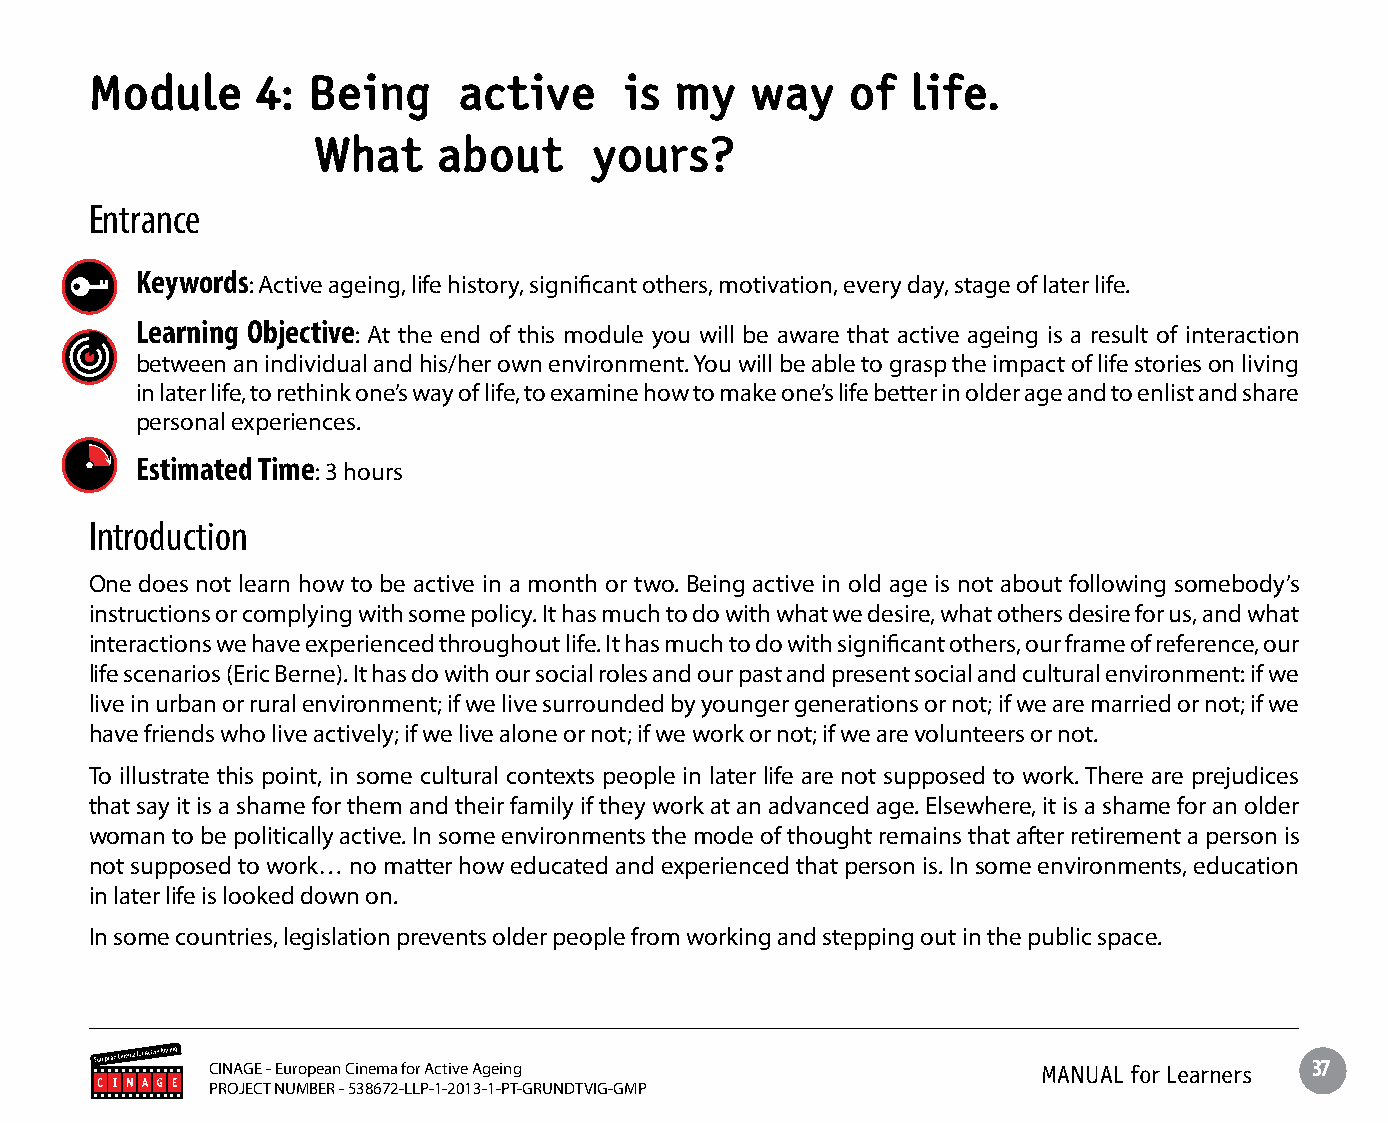
Module     4: Being     active     is  my   way   of  life.
 What    about     yours?
 Entrance
 Keywords: Active ageing, life history, significant others, motivation, every day, stage of later life.
 Learning Objective: At the end of this module you will be aware that active ageing is a result of interaction
 between an individual and his/her own environment. You will be able to grasp the impact of life stories on living
 in later life, to rethink one’s way of life, to examine how to make one’s life better in older age and to enlist and share
 personal experiences.
 Estimated Time: 3 hours
 Introduction
 One does not learn how to be active in a month or two. Being active in old age is not about following somebody’s
 instructions or complying with some policy. It has much to do with what we desire, what others desire for us, and what
 interactions we have experienced throughout life. It has much to do with significant others, our frame of reference, our
 life scenarios (Eric Berne). It has do with our social roles and our past and present social and cultural environment: if we
 live in urban or rural environment; if we live surrounded by younger generations or not; if we are married or not; if we
 have friends who live actively; if we live alone or not; if we work or not; if we are volunteers or not.
 To illustrate this point, in some cultural contexts people in later life are not supposed to work. There are prejudices
 that say it is a shame for them and their family if they work at an advanced age. Elsewhere, it is a shame for an older
 woman to be politically active. In some environments the mode of thought remains that after retirement a person is
 not supposed to work… no matter how educated and experienced that person is. In some environments, education
 in later life is looked down on.
 In some countries, legislation prevents older people from working and stepping out in the public space.
 CINAGE - European Cinema for Active Ageing             MANUAL for Learners 37
 PROJECT NUMBER - 538672-LLP-1-2013-1-PT-GRUNDTVIG-GMP